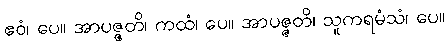
ဧဝံ၊ ပေ။ အာပဇ္ဇတိ၊ ကထံ၊ ပေ။ အာပဇ္ဇတိ၊ သူကရမံသံ၊ ပေ။